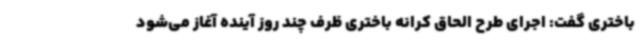
باختری گفت: اجرای طرح الحاق کرانه باختری ظرف چند روز آینده آغاز می‌شود